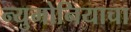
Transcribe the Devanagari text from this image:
न्युमोनियाचा